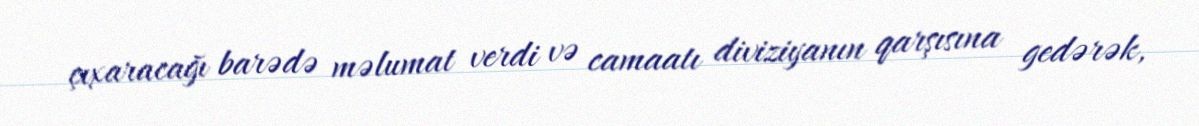
çıxaracağı barədə məlumat verdi və camaatı diviziyanın qarşısına gedərək,